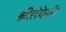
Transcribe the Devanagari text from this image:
श्रीलंकेशी